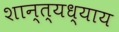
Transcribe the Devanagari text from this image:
शान्त्यध्याय